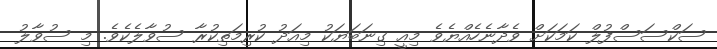
ސަކްސަސްފުލް ކަމަކަށް ވެދާނެހެއްޔެވެ މިއީ ގިނަބަޔަކު މިއަދު ކުރިމަތިކުރާ ސުވާލެކެވެ. މި ސުވާލު